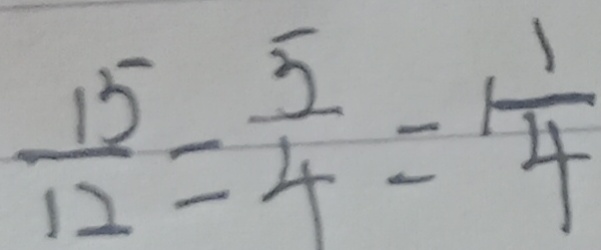
\frac { 1 5 } { 1 2 } = \frac { 5 } { 4 } = \frac { 1 } { 4 }